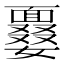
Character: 𩈽